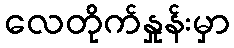
လေတိုက်နှုန်းမှာ